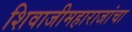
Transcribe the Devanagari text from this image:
शिवाजीमहाराजांचा